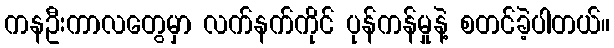
ကနဦးကာလတွေမှာ လက်နက်ကိုင် ပုန်ကန်မှုနဲ့ စတင်ခဲ့ပါတယ်။